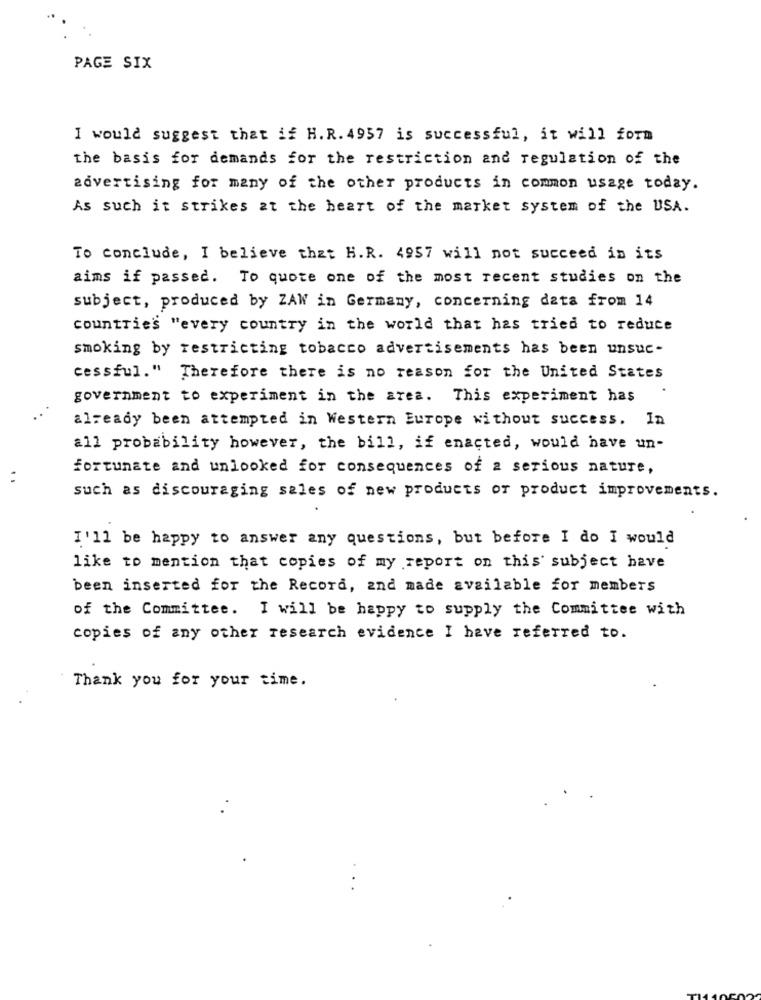
PAGE SIX
I would suggest that if H.R.4957 is successful, it will form
the basis for demands for the restriction and regulation of the
advertising for many of the other products in common usage today.
As such it strikes at the heart of the market system of the USA.
To conclude, I believe that H.R. 4957 will not succeed in its
aims if passed. To quote one of the most recent studies on the
subject, produced by ZAW in Germany, concerning data from 14
countries "every country in the world that has tried to reduce
smoking by restricting tobacco advertisements has been unsuc-
cessful." Therefore there is no reason for the United States
government to experiment in the area. This experiment has
already been attempted in Western Europe without success. In
all probability however, the bill, if enacted, would have un-
fortunate and unlooked for consequences of a serious nature,
such as discouraging sales of new products of product improvements.
I'll be happy to answer any questions, but before I do I would
like to mention that copies of my report on this subject have
been inserted for the Record, and made available for members
of the Committee. I will be happy to supply the Committee with
copies of any other research evidence I have referred to.
Thank you for your time.
..
..